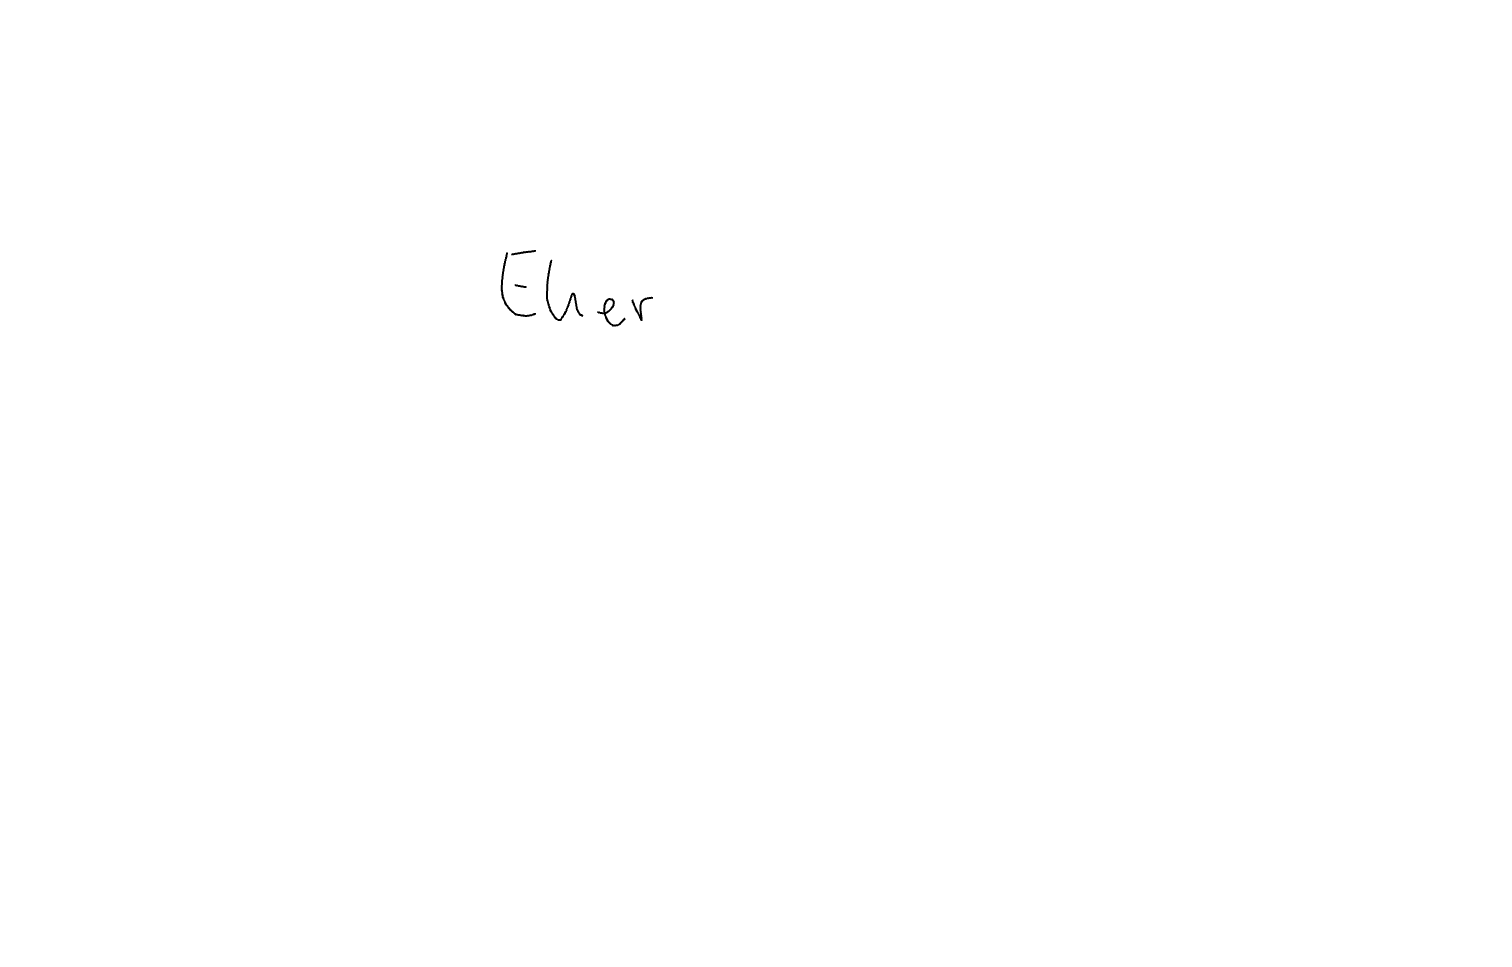
Text: Eher